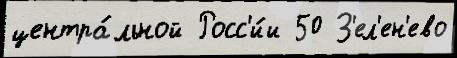
центра́льной Росс'и́и 50 З'ел'ен'ево